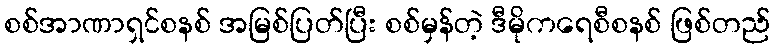
စစ်အာဏာရှင်စနစ် အမြစ်ပြတ်ပြီး စစ်မှန်တဲ့ ဒီမိုကရေစီစနစ် ဖြစ်တည်